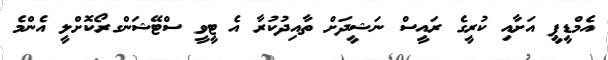
އެމްޑީޕީ އަށާއި ކުރީގެ ރައީސް ނަޝީދަށް ތާއިދުކުރާ އެ ޓީވީ ސްޓޭޝަންގރޯކޮށްލީ އެންމެ